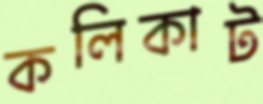
কলিকাট